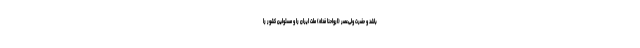
باشد و حضرت ولیّ‌عصر (ارواحنا فداه) ملّت ایران را و مسئولین کشور را